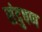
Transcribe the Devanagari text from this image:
संदुषण